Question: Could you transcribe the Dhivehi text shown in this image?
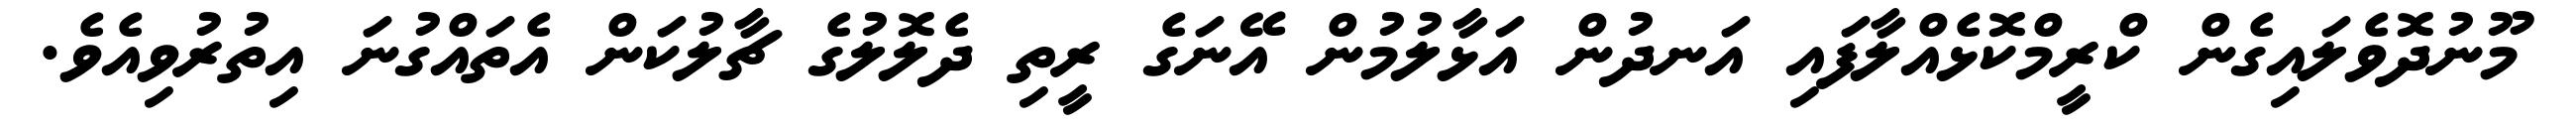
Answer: މޫނުދޮވެލައިގެން ކްރީމްކޮޅެއްލާފައި އަނދުން އަޅާލުމުން އޭނަގެ ރީތި ދެލޮލުގެ ޗާލުކަން އެތައްގުނަ އިތުރުވިއެވެ.